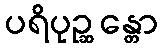
ပရိပုဉ္ဆန္တော